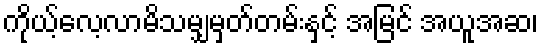
ကိုယ့်လေ့လာမိသမျှမှတ်တမ်းနှင့် အမြင် အယူအဆ၊